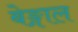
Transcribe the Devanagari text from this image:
बेङ्गाल